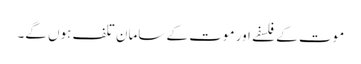
موت کے فلسفے اور موت کے سامان تلف ہوں گے۔